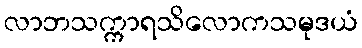
လာဘသက္ကာရသိလောကသမုဒယံ